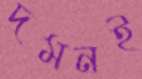
দমনই